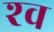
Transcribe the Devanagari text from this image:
श्‍व